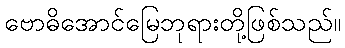
ဗောဓိအောင်မြေဘုရားတို့ဖြစ်သည်။